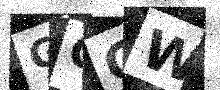
Text: GOQW